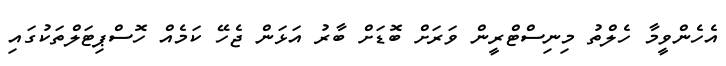
އެހެންވީމާ ހެލްތު މިނިސްޓްރީން ވަރަށް ބޮޑަށް ބާރު އަޅަން ޖެހޭ ކަމެއް ހޮސްޕިޓަލްތަކުގައި